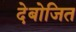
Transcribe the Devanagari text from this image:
देबोजित